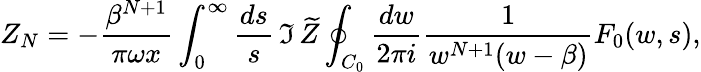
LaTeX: Z_{N}=-{\frac{\beta^{N+1}}{\pi\omega x}}\int_{0}^{\infty}{\frac{ds}{s}}\, \Im\, \widetilde Z\oint_{C_{0}}{\frac{dw}{2\pi i}}{\frac{1}{w^{N+1}(w-\beta)}}F_{0}(w,s),